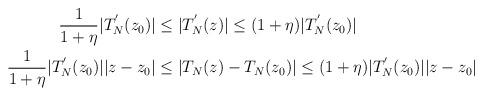
LaTeX: \begin{align*}\begin{aligned} \frac1{1+\eta} |T_{N}^{'}(z_0)| & \leq |T_{N}^{'}(z)| \le (1+\eta) |T_{N}^{'}(z_0)|\\ \frac{1}{1+\eta} |T_{N}^{'}(z_0)||z-z_0| & \leq |T_N(z) - T_N(z_0)| \le (1+\eta) |T_{N}^{'}(z_0)||z-z_0|\end{aligned}\end{align*}